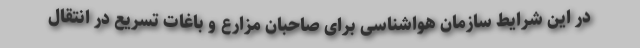
در این شرایط سازمان هواشناسی برای صاحبان مزارع و باغات تسریع در انتقال